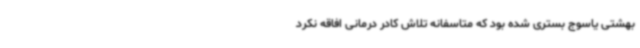
بهشتی یاسوج بستری شده بود که متاسفانه تلاش کادر درمانی افاقه نکرد